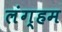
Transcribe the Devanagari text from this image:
लंग्हम